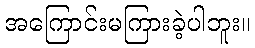
အကြောင်းမကြားခဲ့ပါဘူး။